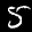
Label: 5